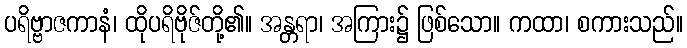
ပရိဗ္ဗာဇကာနံ၊ ထိုပရိဗိုဇ်တို့၏။ အန္တရာ၊ အကြား၌ ဖြစ်သော။ ကထာ၊ စကားသည်။